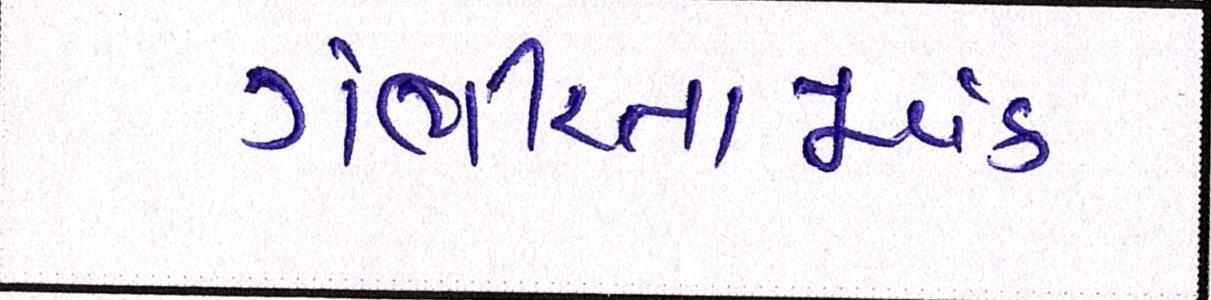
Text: ગંભીરતાપૂર્વક